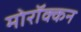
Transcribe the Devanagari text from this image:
मोरॉक्कन